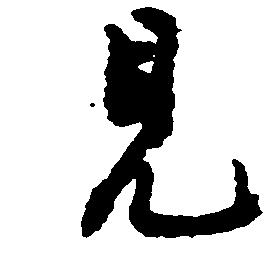
見